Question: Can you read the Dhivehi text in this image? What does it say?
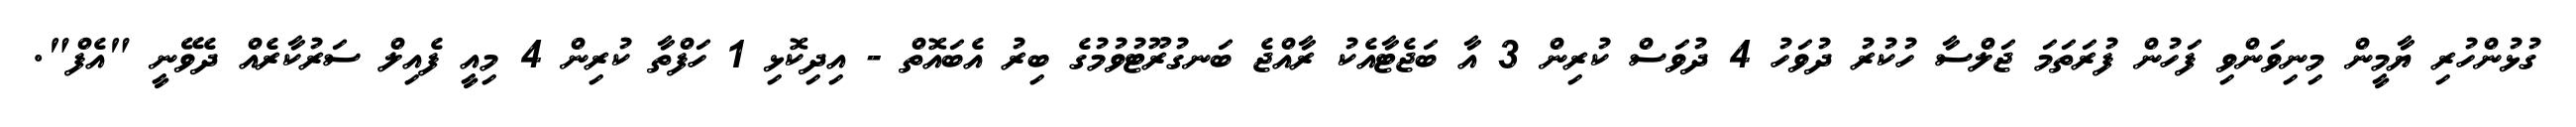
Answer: ގުޅުންހުރި ޔާމީން މިނިވަންވި ފަހުން ފުރަތަމަ ޖަލްސާ ހުކުރު ދުވަހު 4 ދުވަސް ކުރިން 3 އާ ބަޖެޓާއެކު ރާއްޖެ ބަނގުރޫޓުވުމުގެ ބިރު އެބައޮތް - އިދިކޮޅި 1 ހަފްތާ ކުރިން 4 މިއީ ފެއިލް ސަރުކާރެއް ދެވޭނީ "އެފް".